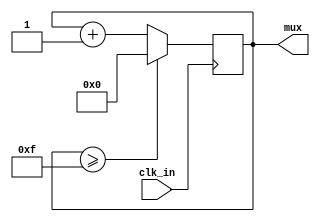
`timescale 1ns / 1ps
//////////////////////////////////////////////////////////////////////////////////
// Company: 
// Engineer: 
// 
// Design Name: 
// Module Name:    mux 
// Project Name: 
// Target Devices: 
// Tool versions: 
// Description: 
//
// Dependencies: 
//
// Revision: 
// Revision 0.01 - File Created
// Additional Comments: 
//
//////////////////////////////////////////////////////////////////////////////////
module mux(
    input clk_in,
    output reg [3:0] mux
    );
	initial mux = 4'd0;
	
	always @(posedge clk_in)
	begin
		if (mux >= 4'd15)
		begin
			mux <= 4'b0;
		end
		else
		begin
			mux <= mux + 4'd1;
		end
	end
endmodule